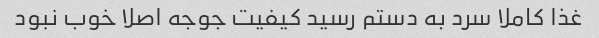
غذا کاملا سرد به دستم رسید کیفیت جوجه اصلا خوب نبود